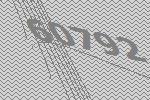
60792